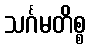
သင်္ဂမတိစ္စ